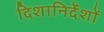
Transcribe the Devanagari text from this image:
दिशानिर्देंशों